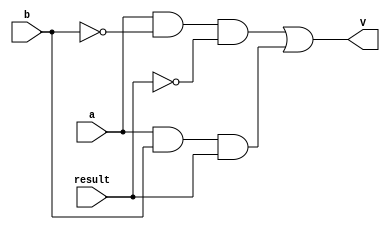
module overflow_detector(
    input a, b, result,
    output V
    );
    
    assign V = ~(~a)&(~b)&(~result) | a&b&result;  
    
endmodule